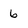
Character: 6